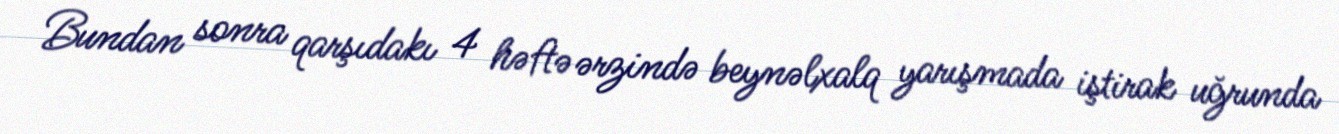
Bundan sonra qarşıdakı 4 həftə ərzində beynəlxalq yarışmada iştirak uğrunda